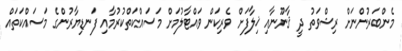
މެންބަރުންނަށް ރިޝްވަތު ދީ ޤާނޫނާއި ޚިލާފަށް ވެރިކަން ވައްޓާލުމަށް މަސައްކަތްކުރުމާއި ފަނޑިޔާރުންގެ މަސައްކަތައް